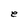
Character: e